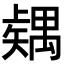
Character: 𥐂